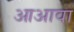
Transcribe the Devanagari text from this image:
आअावा